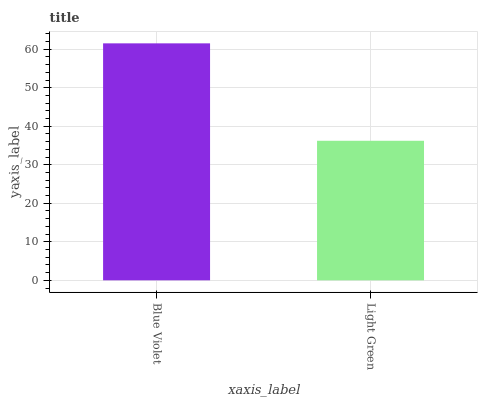
| xaxis_label | bars |
 | --- | --- |
 | Blue Violet | 61.5 |
 | Light Green | 36.2 |